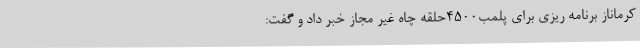
کرماناز برنامه ریزی برای پلمب4500حلقه چاه غیر مجاز خبر داد و گفت: